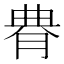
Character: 䐌